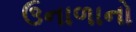
ઉનાળાનો